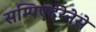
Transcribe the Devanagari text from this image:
सम्पिएर्दरेनेसे